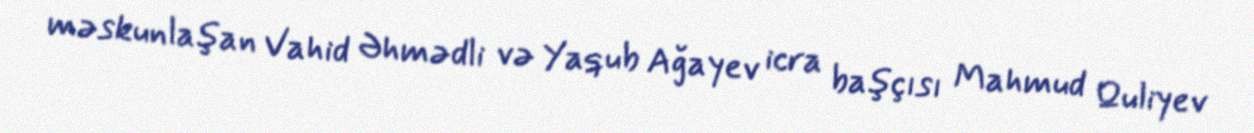
məskunlaşan Vahid Əhmədli və Yaqub Ağayev icra başçısı Mahmud Quliyev